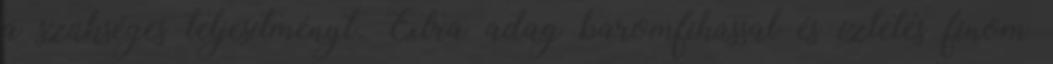
a szükséges teljesítményt. Extra adag baromfihússal és ízletes finom